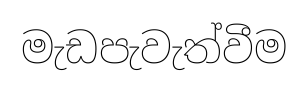
මැඩපැවැත්වීම